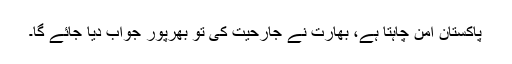
پاکستان امن چاہتا ہے، بھارت نے جارحیت کی تو بھرپور جواب دیا جائے گا۔